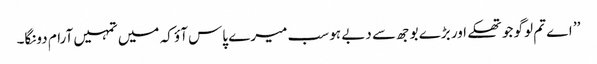
’’ اے تم لوگو جو تھکے اور بڑے بوجھ سے دبے ہو سب میرے پاس آؤ کہ میں تمہیں آرام دونگا۔